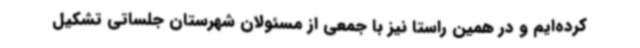
کرده‌ایم و در همین راستا نیز با جمعی از مسئولان شهرستان جلساتی تشکیل